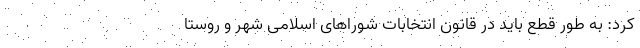
کرد: به طور قطع باید در قانون انتخابات شوراهای اسلامی شهر و روستا